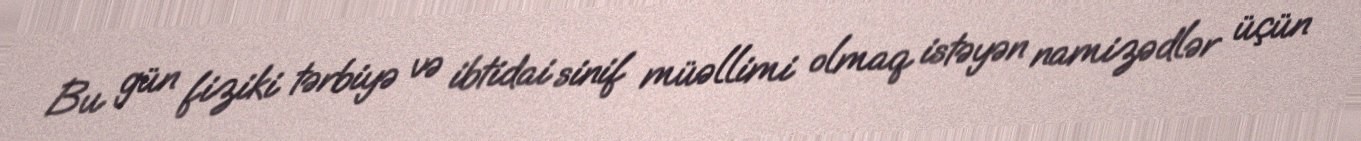
Bu gün fiziki tərbiyə və ibtidai sinif müəllimi olmaq istəyən namizədlər üçün